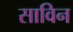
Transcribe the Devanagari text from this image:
साविन